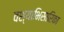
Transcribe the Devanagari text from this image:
वश्याभिसारिका